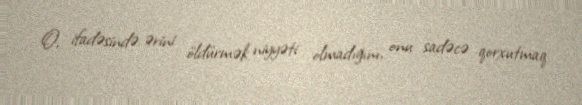
O, ifadəsində ərini öldürmək niyyəti olmadığını, onu sadəcə qorxutmaq